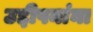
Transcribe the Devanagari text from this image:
उद्दीपनांना